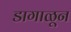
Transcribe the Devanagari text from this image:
डागाळून